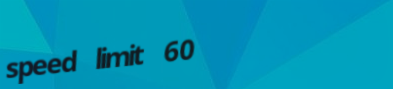
speed limit 60